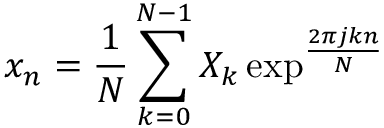
x _ { n } = \frac { 1 } { N } \sum _ { k = 0 } ^ { N - 1 } X _ { k } \exp ^ { \frac { 2 \pi j k n } { N } }